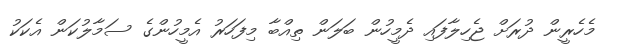
މެހެރީން ދުރަށް ޖެހިލާފައި ދެމީހުން ބަލަން ތިއްބާ މިފަހަރު އެމީހުންގެ ސަމާލުކަން އެކަކު